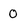
Character: 0